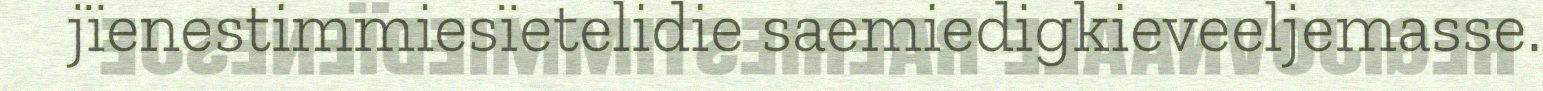
jïenestimmiesïetelidie saemiedigkieveeljemasse.